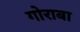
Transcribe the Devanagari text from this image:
गोराबा